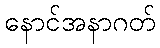
နောင်အနာဂတ်